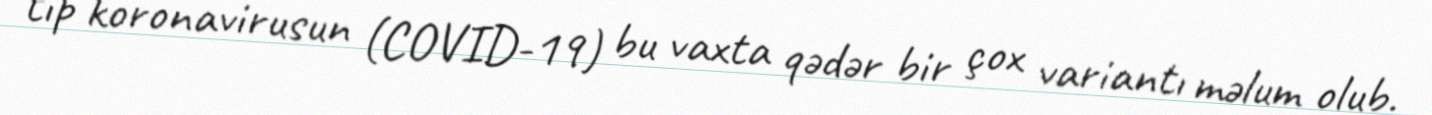
tip koronavirusun (COVID-19) bu vaxta qədər bir çox variantı məlum olub.